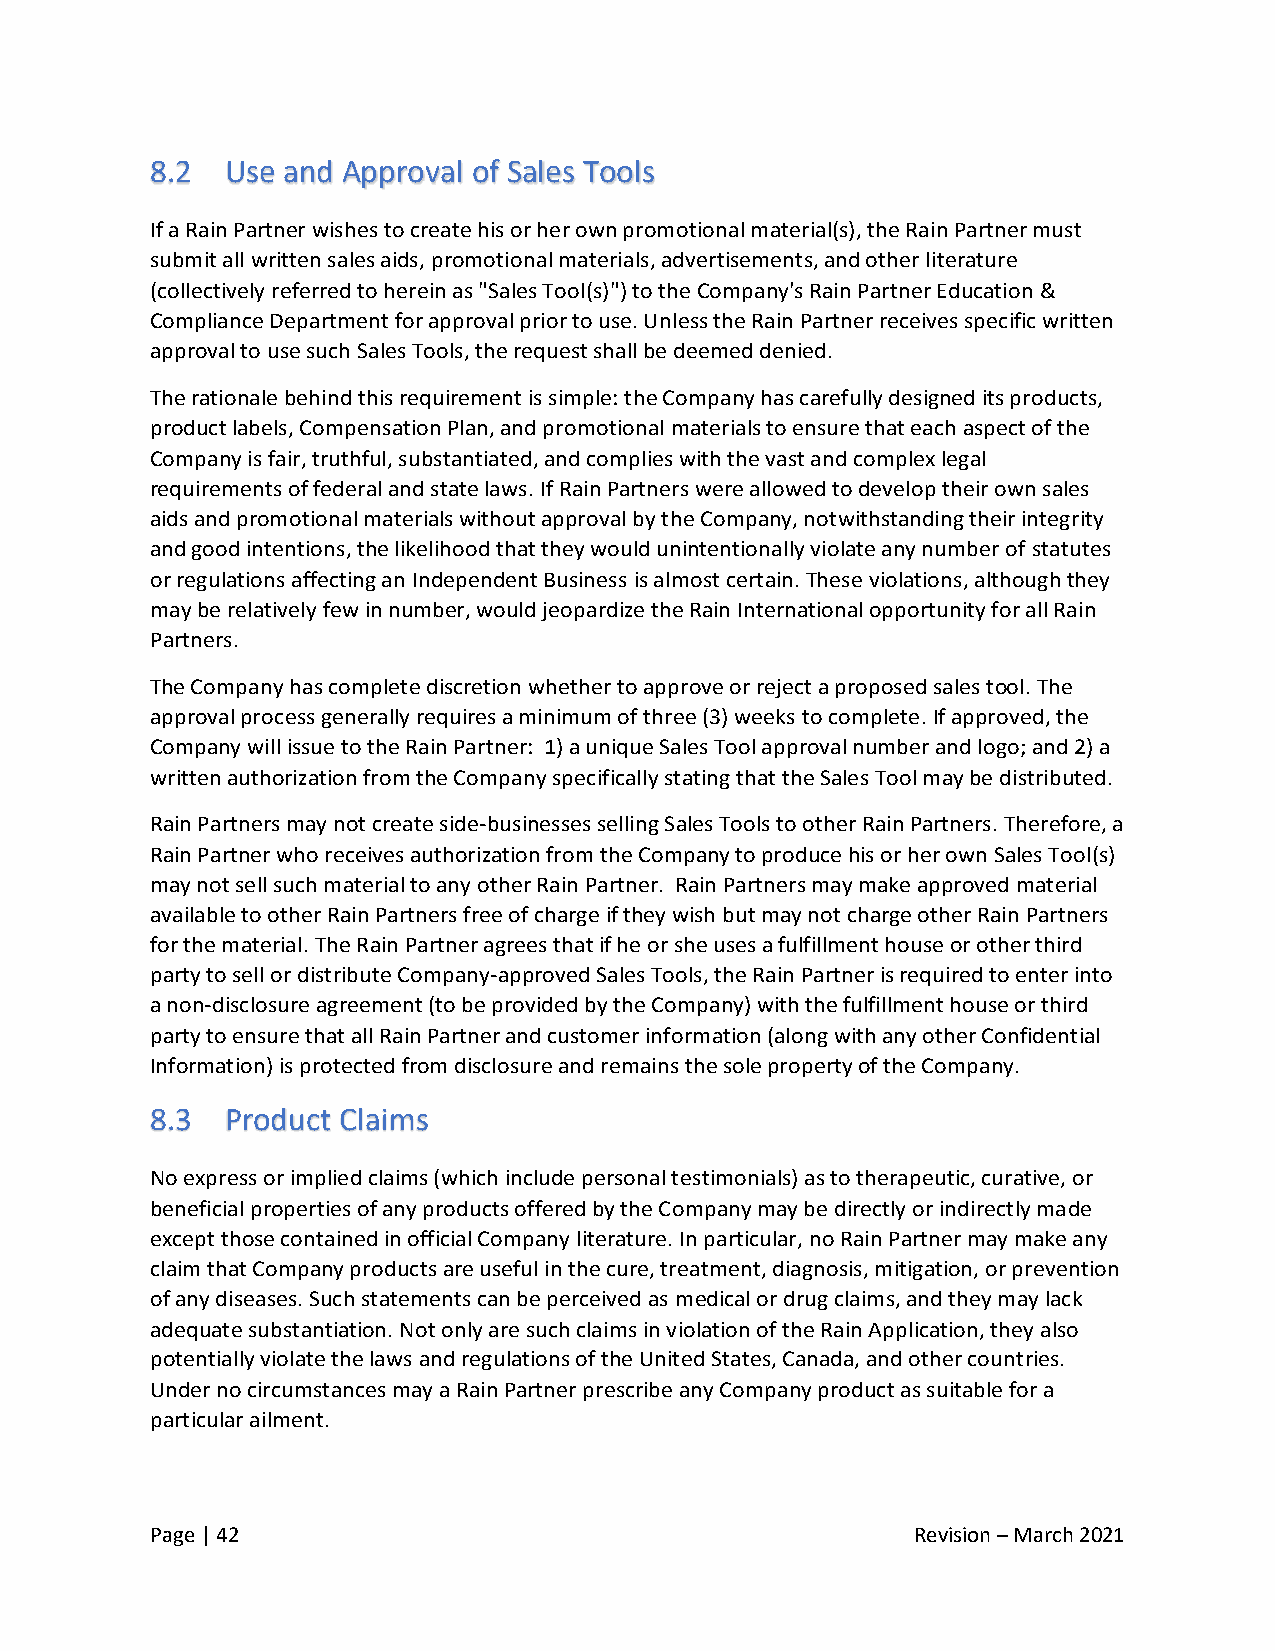
8.2  Use and Approval of Sales Tools
 If a Rain Partner wishes to create his or her own promotional material(s), the Rain Partner must
 submit all written sales aids, promotional materials, advertisements, and other literature
 (collectively referred to herein as "Sales Tool(s)") to the Company's Rain Partner Education &
 Compliance Department for approval prior to use. Unless the Rain Partner receives specific written
 approval to use such Sales Tools, the request shall be deemed denied.
 The rationale behind this requirement is simple: the Company has carefully designed its products,
 product labels, Compensation Plan, and promotional materials to ensure that each aspect of the
 Company is fair, truthful, substantiated, and complies with the vast and complex legal
 requirements of federal and state laws. If Rain Partners were allowed to develop their own sales
 aids and promotional materials without approval by the Company, notwithstanding their integrity
 and good intentions, the likelihood that they would unintentionally violate any number of statutes
 or regulations affecting an Independent Business is almost certain. These violations, although they
 may be relatively few in number, would jeopardize the Rain International opportunity for all Rain
 Partners.
 The Company has complete discretion whether to approve or reject a proposed sales tool. The
 approval process generally requires a minimum of three (3) weeks to complete. If approved, the
 Company will issue to the Rain Partner: 1) a unique Sales Tool approval number and logo; and 2) a
 written authorization from the Company specifically stating that the Sales Tool may be distributed.
 Rain Partners may not create side-businesses selling Sales Tools to other Rain Partners. Therefore, a
 Rain Partner who receives authorization from the Company to produce his or her own Sales Tool(s)
 may not sell such material to any other Rain Partner. Rain Partners may make approved material
 available to other Rain Partners free of charge if they wish but may not charge other Rain Partners
 for the material. The Rain Partner agrees that if he or she uses a fulfillment house or other third
 party to sell or distribute Company-approved Sales Tools, the Rain Partner is required to enter into
 a non-disclosure agreement (to be provided by the Company) with the fulfillment house or third
 party to ensure that all Rain Partner and customer information (along with any other Confidential
 Information) is protected from disclosure and remains the sole property of the Company.
 8.3  Product Claims
 No express or implied claims (which include personal testimonials) as to therapeutic, curative, or
 beneficial properties of any products offered by the Company may be directly or indirectly made
 except those contained in official Company literature. In particular, no Rain Partner may make any
 claim that Company products are useful in the cure, treatment, diagnosis, mitigation, or prevention
 of any diseases. Such statements can be perceived as medical or drug claims, and they may lack
 adequate substantiation. Not only are such claims in violation of the Rain Application, they also
 potentially violate the laws and regulations of the United States, Canada, and other countries.
 Under no circumstances may a Rain Partner prescribe any Company product as suitable for a
 particular ailment.
 Page | 42                                          Revision – March 2021